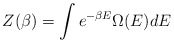
\begin{align*}Z(\beta)=\int e^{-\beta E} \Omega(E) dE\end{align*}